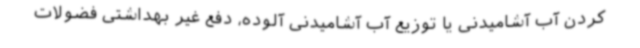
کردن آب آشامیدنی یا توزیع آب آشامیدنی آلوده، دفع غیر بهداشتی فضولات